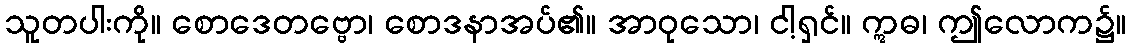
သူတပါးကို။ စောဒေတဗ္ဗော၊ စောဒနာအပ်၏။ အာဝုသော၊ ငါ့ရှင်။ ဣဓ၊ ဤလောက၌။